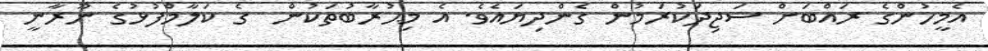
އެމީހުންގެ ރައްބަށް ސަޖިދަކުރަމުން ގެންދިޔައެވެ. އެ މިޙުރާބުތަކުން  ގެ ކަލާމްފުޅުގެ ނޫރާނީ